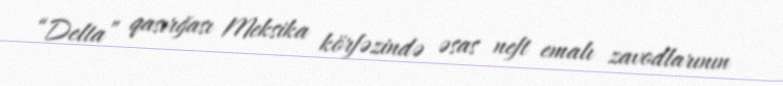
“Delta” qasırğası Meksika körfəzində əsas neft emalı zavodlarının